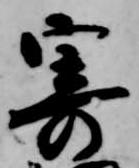
寄